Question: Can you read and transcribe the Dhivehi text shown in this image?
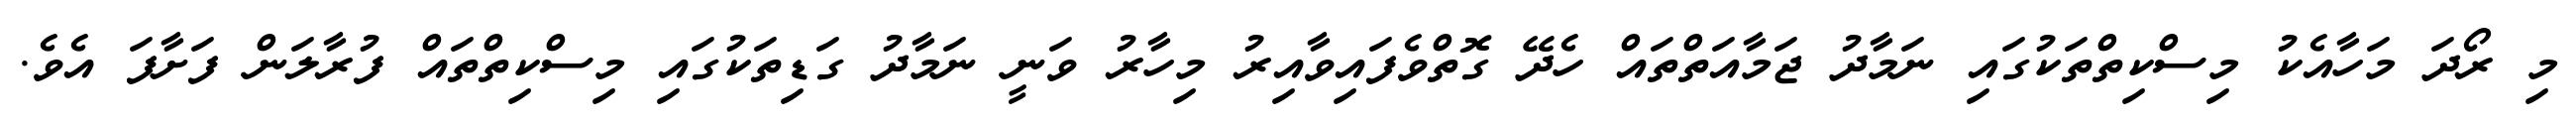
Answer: މި ރޯދަ މަހާއެކު މިސްކިތްތަކުގައި ނަމާދު ޖަމާއަތްތައް ހެދޭ ގޮތްވެފައިވާއިރު މިހާރު ވަނީ ނަމާދު ގަޑިތަކުގައި މިސްކިތްތައް ފުރާލަން ފަށާފަ އެވެ.